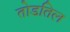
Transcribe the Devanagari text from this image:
तोडतिल